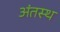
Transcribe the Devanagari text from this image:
अंतस्‍थ